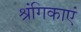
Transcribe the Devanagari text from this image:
श्रंगिकाएं